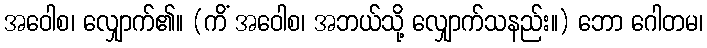
အဝေါစ၊ လျှောက်၏။ (ကိံ အဝေါစ၊ အဘယ်သို့ လျှောက်သနည်း။) ဘော ဂေါတမ၊